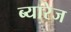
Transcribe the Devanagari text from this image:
ब्यारेज